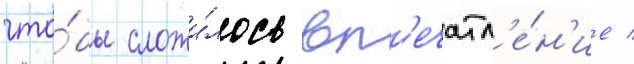
что́бы сложи́лось вп'ечатл'е́н'ие /